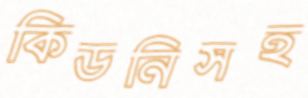
কিডনিসহ